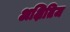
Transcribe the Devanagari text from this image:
अक्षितिज